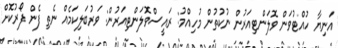
އަނިޔާ ހުއްޓުވަން ވޮލަންޓިއަރުން ނުކުތުން މުހިއްމު: ރައީސްވޮލަންޓިއަރުން: ވަރުބަލިކަމެއް ނެތި ފެން ފޯރުކޮށް